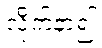
လိုက်နာ၍